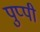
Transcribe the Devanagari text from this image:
पुप्पी